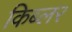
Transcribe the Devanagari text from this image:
किब्लर